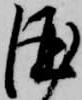
酒